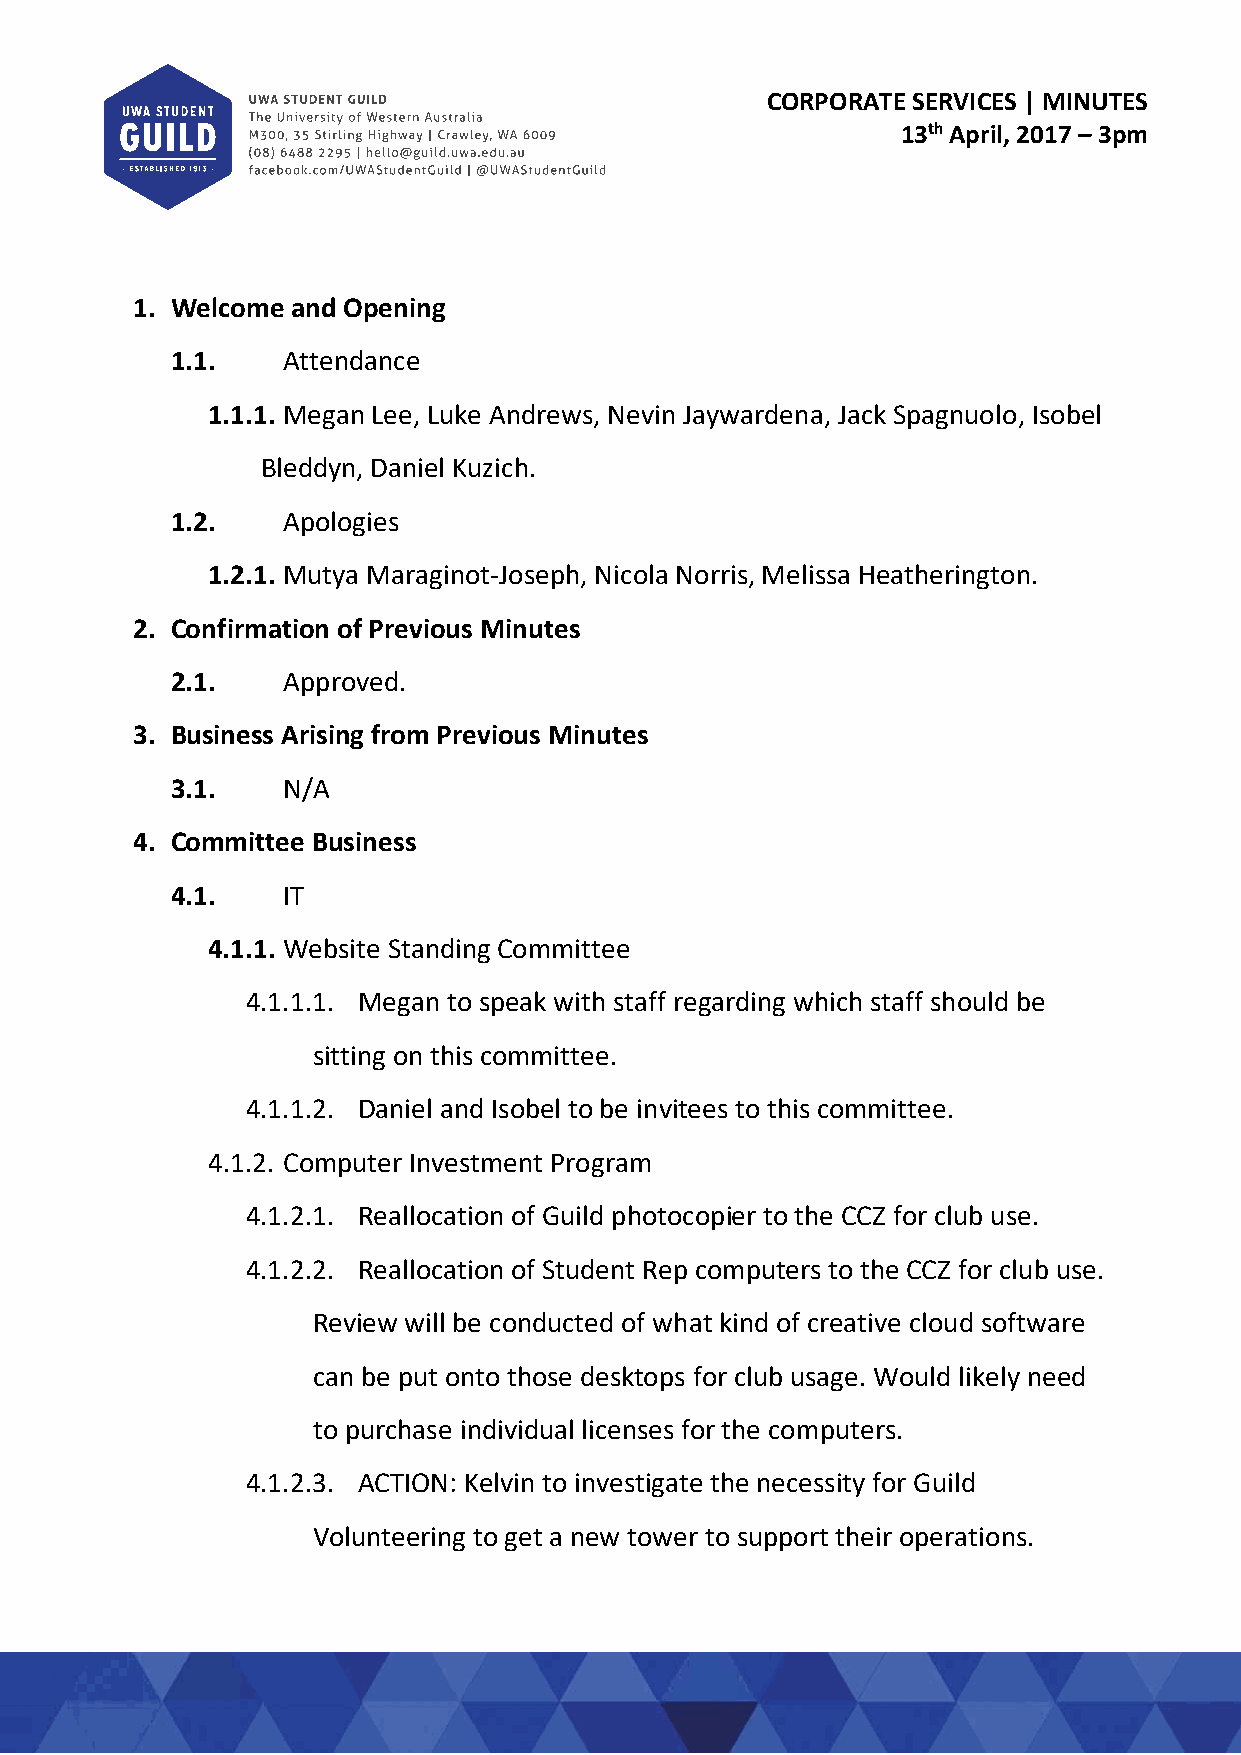
CORPORATE SERVICES | MINUTES
 13th April, 2017 – 3pm
 1. Welcome and Opening
 1.1.    Attendance
 1.1.1. Megan Lee, Luke Andrews, Nevin Jaywardena, Jack Spagnuolo, Isobel
 Bleddyn, Daniel Kuzich.
 1.2.    Apologies
 1.2.1. Mutya Maraginot‐Joseph, Nicola Norris, Melissa Heatherington.
 2. Confirmation of Previous Minutes
 2.1.    Approved.
 3. Business Arising from Previous Minutes
 3.1.    N/A
 4. Committee Business
 4.1.    IT
 4.1.1. Website Standing Committee
 4.1.1.1. Megan to speak with staff regarding which staff should be
 sitting on this committee.
 4.1.1.2. Daniel and Isobel to be invitees to this committee.
 4.1.2. Computer Investment Program
 4.1.2.1. Reallocation of Guild photocopier to the CCZ for club use.
 4.1.2.2. Reallocation of Student Rep computers to the CCZ for club use.
 Review will be conducted of what kind of creative cloud software
 can be put onto those desktops for club usage. Would likely need
 to purchase individual licenses for the computers.
 4.1.2.3. ACTION: Kelvin to investigate the necessity for Guild
 Volunteering to get a new tower to support their operations.